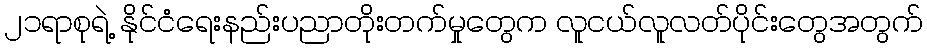
၂၁ရာစုရဲ့ နိုင်ငံရေးနည်းပညာတိုးတက်မှုတွေက လူငယ်လူလတ်ပိုင်းတွေအတွက်